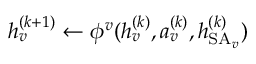
h _ { v } ^ { ( k + 1 ) } \gets \phi ^ { v } ( h _ { v } ^ { ( k ) } , a _ { v } ^ { ( k ) } , h _ { \operatorname { S A } _ { v } } ^ { ( k ) } )